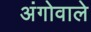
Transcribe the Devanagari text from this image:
अंगोवाले